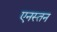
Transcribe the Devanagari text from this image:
एनस्तन